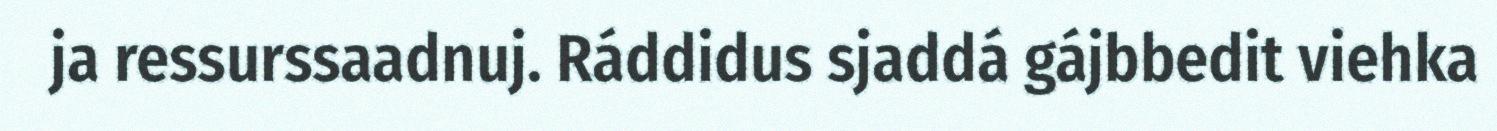
ja ressurssaadnuj. Ráddidus sjaddá gájbbedit viehka